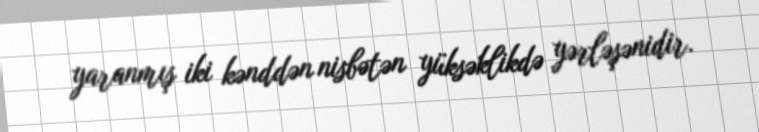
yaranmış iki kənddən nisbətən yüksəklikdə yərləşənidir.